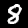
Digit: 8